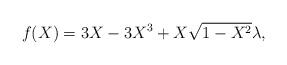
LaTeX: \begin{align*}f(X) = 3X - 3X^3 + X \sqrt{1-X^2} \lambda,\end{align*}